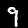
Digit: 9